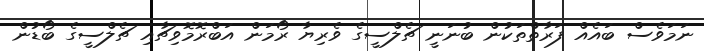
ނަމަވެސް ބައެއް ފަރާތްތަކުން ބުނަނީ ޗެލްސީގެ ވެރިޔާ ރޯމަން އަބްރޮމޮވިޗާއި ޗެލްސީގެ ބޯޑުން